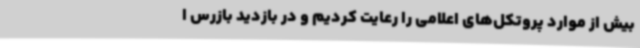
بیش از موارد پروتکل‌های اعلامی را رعایت کردیم و در بازدید بازرس ا